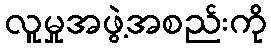
လူမှုအဖွဲ့အစည်းကို